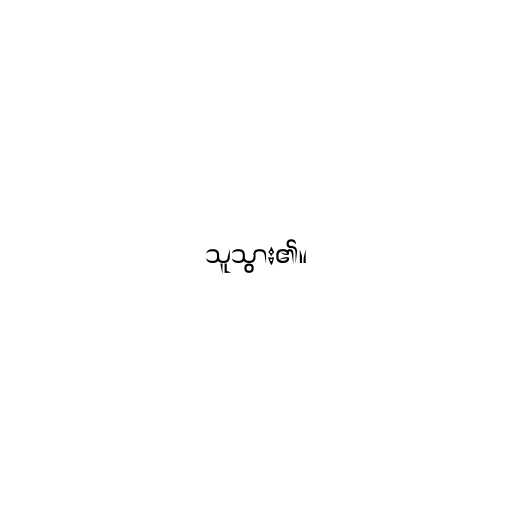
သူသွား၏။